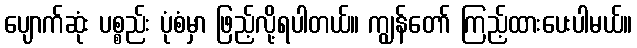
ပျောက်ဆုံး ပစ္စည်း ပုံစံမှာ ဖြည့်လို့ရပါတယ်။ ကျွန်တော် ကြည့်ထားပေးပါမယ်။